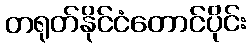
တရုတ်နိုင်ငံတောင်ပိုင်း